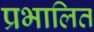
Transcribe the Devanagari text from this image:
प्रभालित